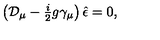
\left( { \cal D } _ { \mu } - { \textstyle \frac { i } { 2 } } g \gamma _ { \mu } \right) \hat { \epsilon } = 0 ,